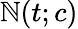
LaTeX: \mathbb{N}(t;c)